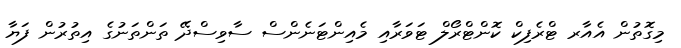
މިގޮތުން އެއާރ ޓްރެފިކް ކޮންޓްރޯލް ޓަވަރާއި މެއިންޓަނެންސް ސާވިސްދޭ ތަންތަނުގެ އިތުރުން ފަޔާ